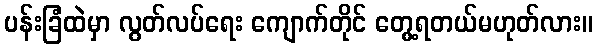
ပန်းခြံထဲမှာ လွတ်လပ်ရေး ကျောက်တိုင် တွေ့ရတယ်မဟုတ်လား။